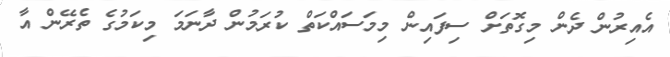
އެއިރުން ދެން މިގޮތަށް ސިފައިން މިމަސައްކަތް ކުރަމުން ދާނަމަ މިކަމުގެ ތެރޭން އާ